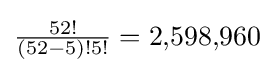
{\begin{matrix}{\frac {52!}{(52-5)!5!}}=2{,}598{,}960\end{matrix}}